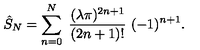
\hat { S } _ { N } = \sum _ { n = 0 } ^ { N } \ { \frac { ( \lambda \pi ) ^ { 2 n + 1 } } { ( 2 n + 1 ) ! } } \ ( - 1 ) ^ { n + 1 } .